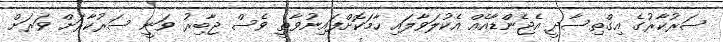
ސަރުކާރުގެ އިގްތިސާދީ އެޖެންޑާއެއް އެކުލަވާލައި ހާމަކޮށްފައިނުވާތީ ވެސް ޖާބިރު ވަނީ ސަރުކާރަށް ވަރަށް